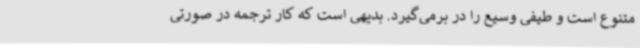
متنوع است و طیفی وسیع را در برمی‌گیرد. بدیهی است که کار ترجمه در صورتی